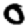
Digit: 0